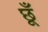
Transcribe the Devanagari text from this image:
छूँ